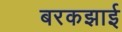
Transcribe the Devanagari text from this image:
बरकझाई